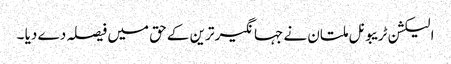
الیکشن ٹریبونل ملتان نے جہانگیر ترین کے حق میں فیصلہ دے دیا ۔